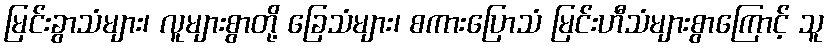
မြင်းခွာသံများ၊ လူများစွာတို့ ခြေသံများ၊ စကားပြောသံ မြင်းဟီသံများစွာကြောင့် သူ